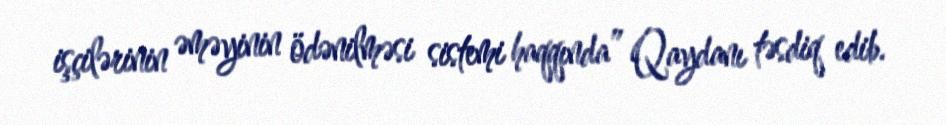
işçilərinin əməyinin ödənilməsi sistemi haqqında” Qaydanı təsdiq edib.